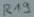
Text: R19